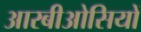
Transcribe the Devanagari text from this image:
आरबीओसियों